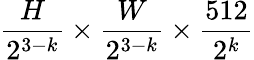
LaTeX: \frac{H}{2^{3-k}}\times\frac{W}{2^{3-k}}\times\frac{512}{2^{k}}